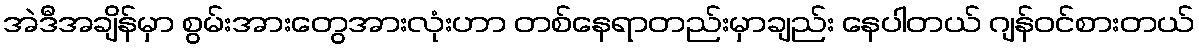
အဲဒီအချိန်မှာ စွမ်းအားတွေအားလုံးဟာ တစ်နေရာတည်းမှာချည်း နေပါတယ် ဂျန်ဝင်စားတယ်